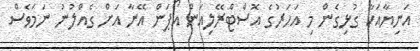
އަނިޔާއަކާ ގުޅިގެން މި އަހަރުގެ އޮސްޓްރޭލިއަން އޯޕަން އޭނާ އަށް ގެއްލުނު ނަމަވެސް